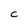
Character: c